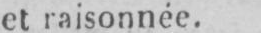
et raisonnée.